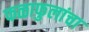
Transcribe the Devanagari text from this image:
फळाफुलांचा